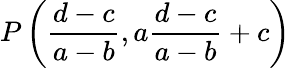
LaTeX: P\left({\frac{d-c}{a-b}},a{\frac{d-c}{a-b}}+c\right)